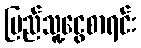
ပြည်သူ့ငွေစာရင်း